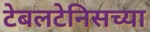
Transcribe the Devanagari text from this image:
टेबलटेनिसच्या